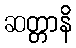
ဆတ္တာနိ